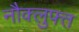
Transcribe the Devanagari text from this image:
नौक्लुफ्त